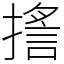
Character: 㨱